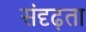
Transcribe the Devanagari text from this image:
संदृढ़ता